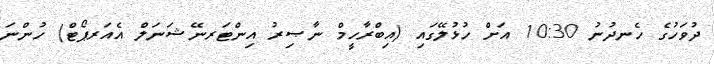
ދުވަހުގެ ހެނދުނު 10:30 އަށް ހުޅުލޭގައި (އިބްރާހީމް ނާޞިރު އިންޓަރނޭޝަނަލް އެއަރޕޯޓް) ހުންނަ